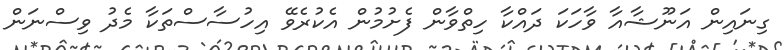
ގިނައިން އަނޫޝާއާ ވާހަކަ ދައްކާ ހިތްވާން ފެށުމުން އެކުރެވޭ އިހުސާސްތަކާ މެދު ވިސްނަން